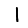
Digit: 1